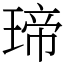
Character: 𤧛